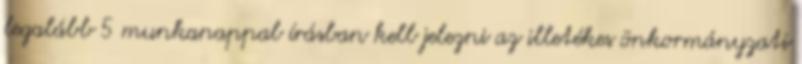
legalább 5 munkanappal írásban kell jelezni az illetékes önkormányzati